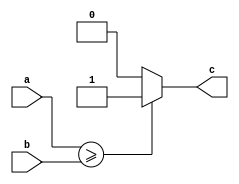
module Comparator
#(
    parameter WORD_LENGTH = 5
) 
(
	input [WORD_LENGTH - 1:0]a,
	input [WORD_LENGTH - 1:0]b,

	output reg c
);

always@(*) begin
	if(a>=b)
		c = 1'b1;
	else
		c = 1'b0;
end	

endmodule